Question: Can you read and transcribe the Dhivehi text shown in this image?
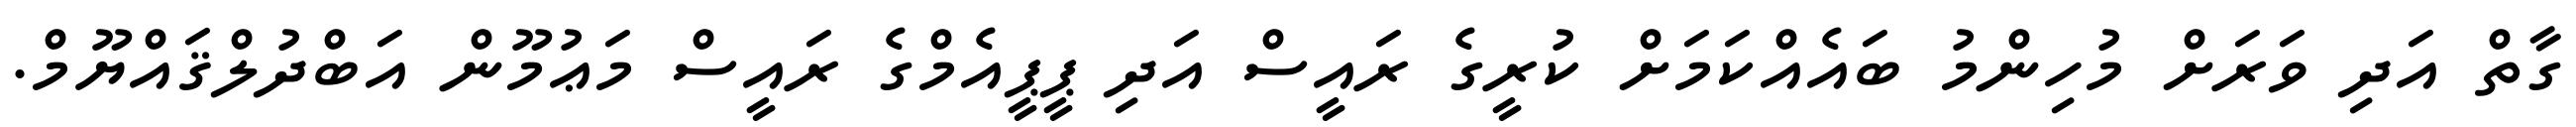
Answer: ގާތް އަދި ވަރަށް މުހިންމު ބައެއްކަމަށް ކުރީގެ ރައީސް އަދި ޕީޕީއެމްގެ ރައީސް މަޢުމޫން އަބްދުލްޤައްޔޫމް.